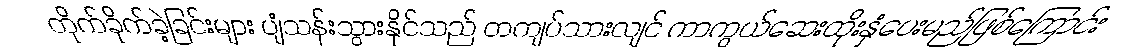
တိုက်ခိုက်ခဲ့ခြင်းများ ပျံသန်းသွားနိုင်သည် တကျပ်သားလျင် ကာကွယ်ဆေးထိုးနှံပေးမည်ဖြစ်ကြောင်း